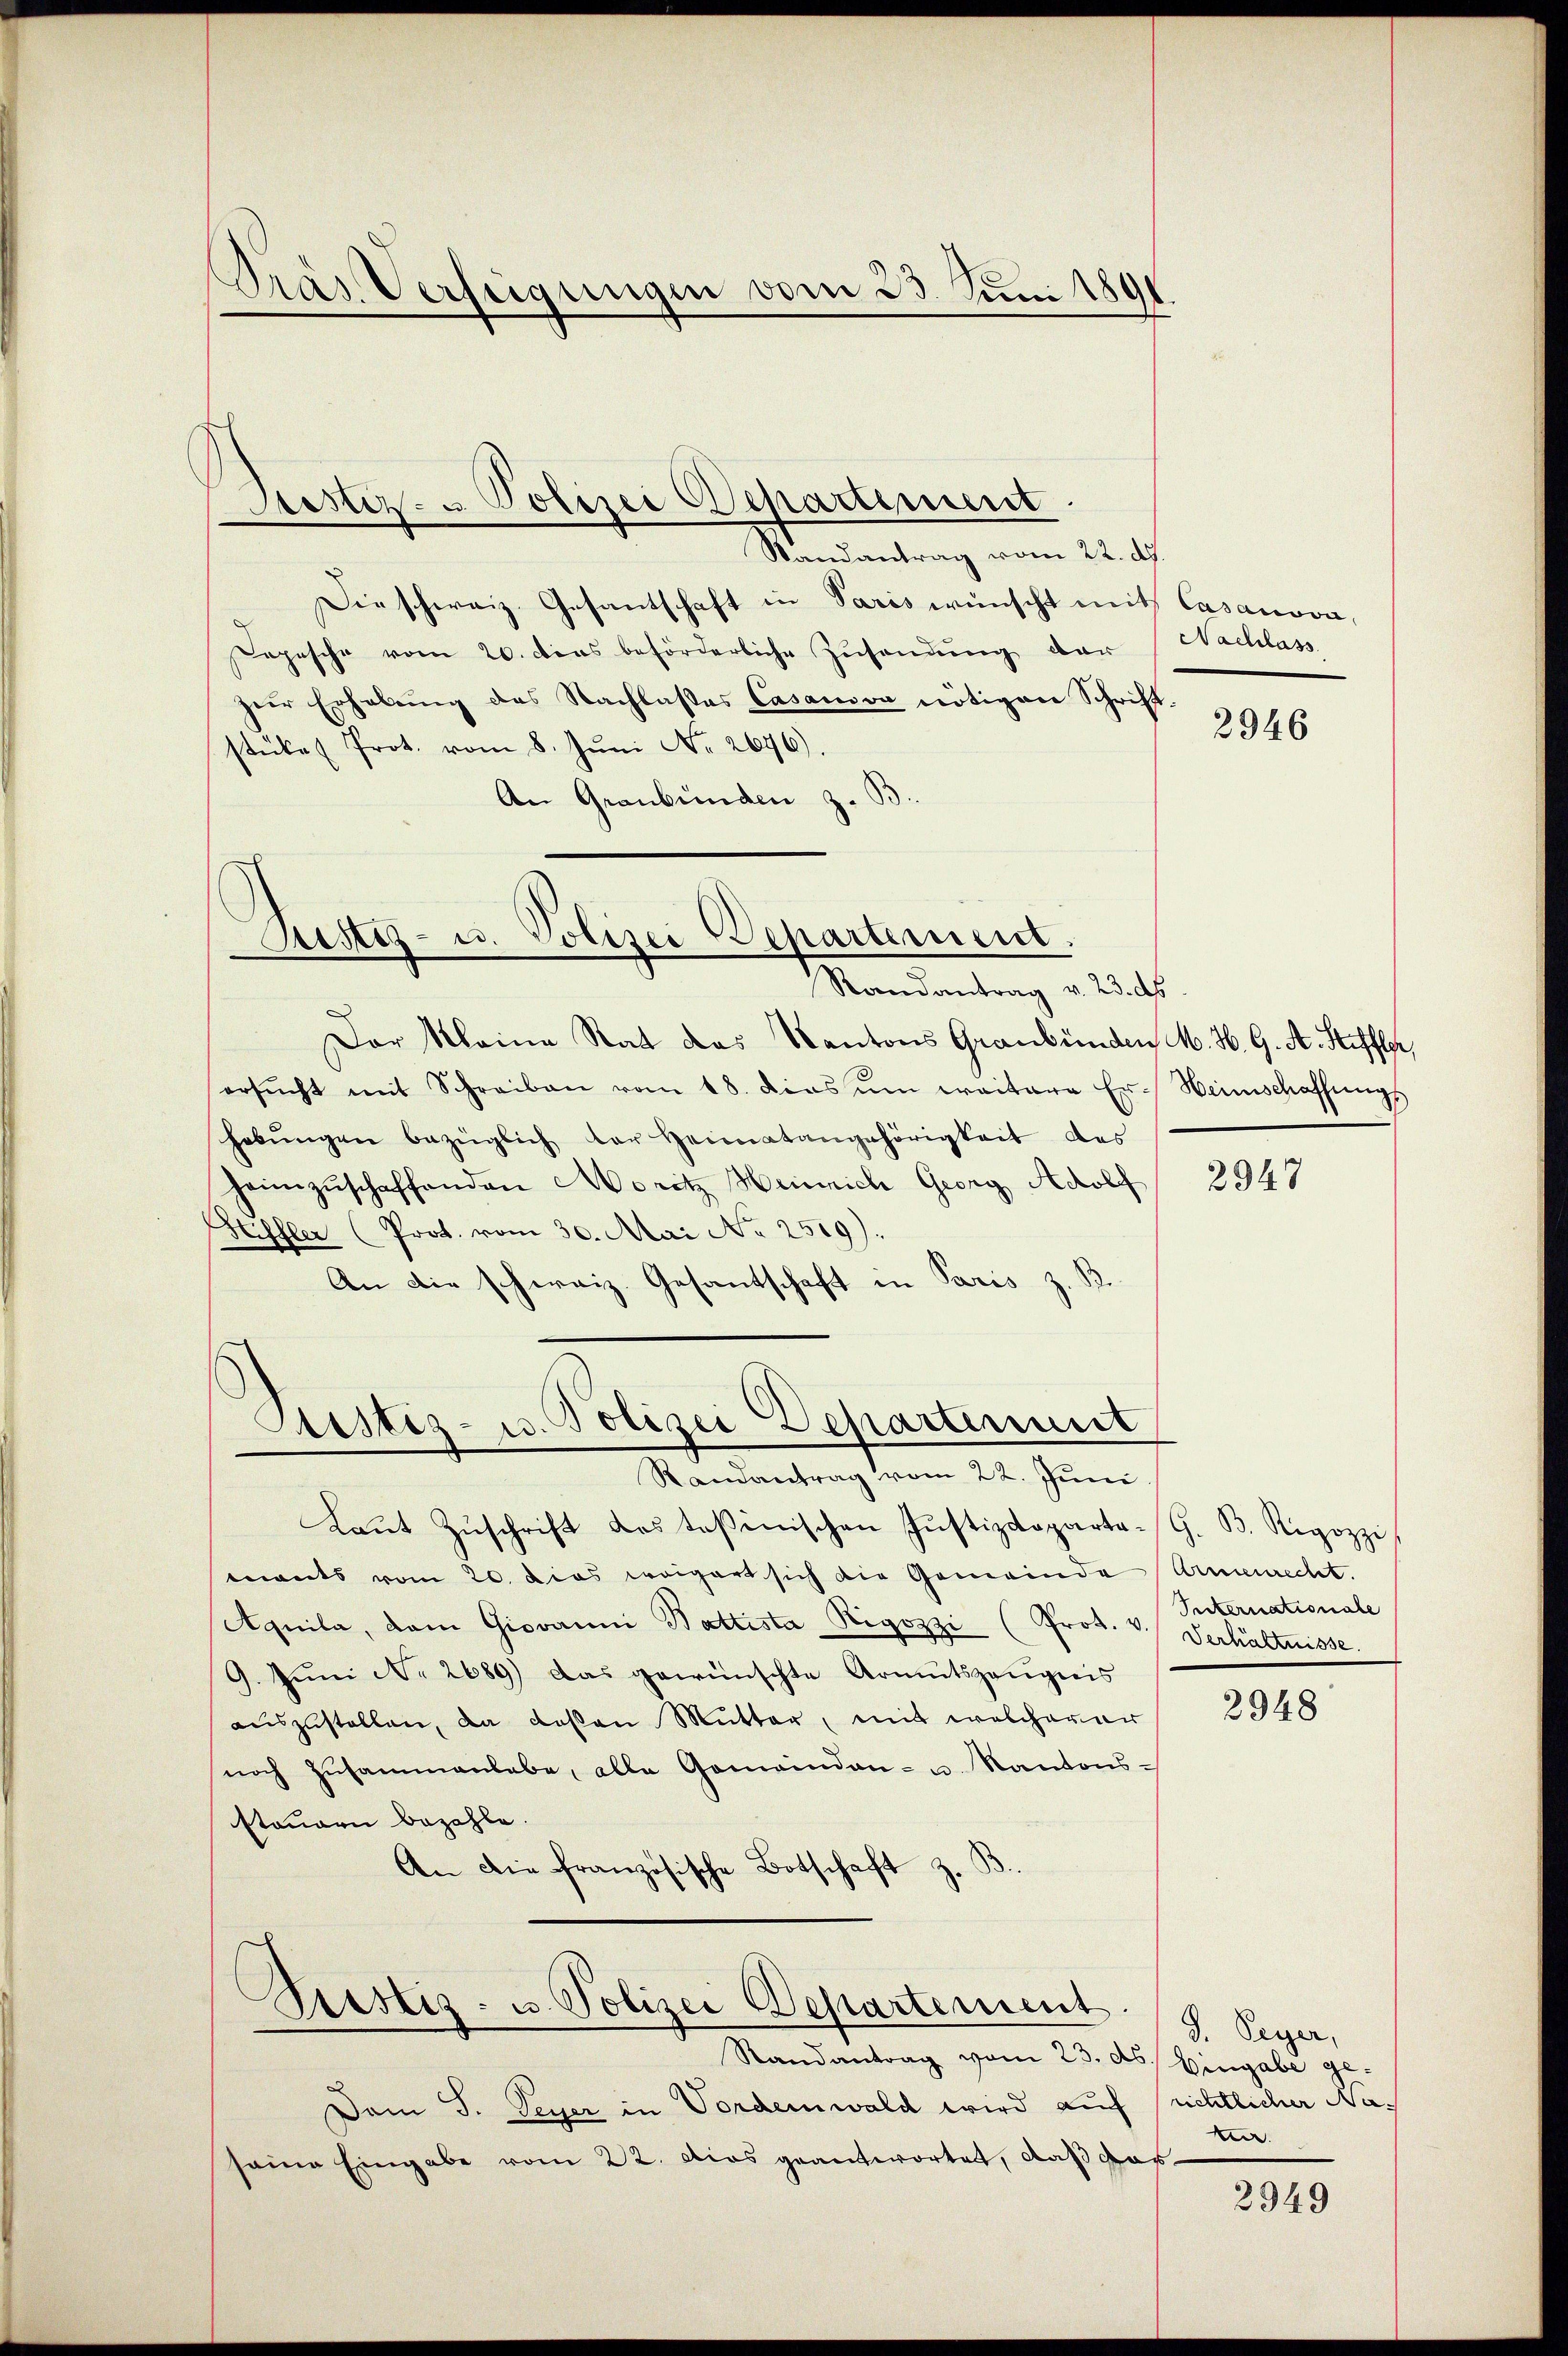
Pras Verfeigungen vom 23. Juni 1891

Bestiz- & Polizei Departement.

Randantrag vom 22. d.
Die schweiz. Gesantschaft in Paris wünscht mit Casanova,
Depesche vom 20. dies beförderliche Zŭsandŭng der Nachlass
zŭr Erhebŭng des Nachlasses Casanon nötigen Schrift-
stückes Prot. vom 8. Juni Nr. 2696)
An Graubünden z. B

Sistiz- u. Polizei Departement.
Randantrag v. 23. ds.

Der Kleine Rat das Kantons Graubünden M. H. G. A. Steffler,
ersŭcht mit Schreiben vom 18. dies ŭm weitere Er-Weinschaffungs
hebŭngen bezüglich der Heimatangehörigkeit des
heimzuschaffenden Moritz Heinrich Georg Adolf
Hiffler (Prot. vom 30. Mai No 2519).
An die schweiz. Gesantschaft in Paris z. B.

Stestiz- u. Polizei Departenmit
Randantrag vom 22. Juni

Ptistiz- u. Polizei Departement

Randantrag vom 23. ds. Eingabe ge¬
Dem J. Peyer, in Vordemwald wird auf richtlicher Naseine Eingabe vom 22. das geantwortet, daß das¬

Laut Zuschrift des Teßinischen Justizdeparta-G. B. Rigozzi
eants vom 20. Das weigert sich die Gemeinde Armenrecht.
Aquila, dem Giovanni Battista Rigozzi (Prot. v.
9. Jŭni No 2689) das gewünschte Armutszeŭgnis
auszustellen, da deßen Mutter, mit welcherer
noch Zusammenlebe, alle Gemeinden- u. Kantons-
stauern bezahle.
An die französische Botschaft z.

2946

2947

Suternationale
Verhältnisse.

2948

S. Peyer,
k

2949